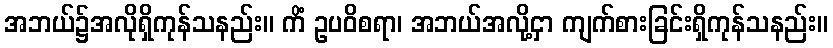
အဘယ်၌အလိုရှိကုန်သနည်း။ ကိံ ဥပဝိစရာ၊ အဘယ်အလို့ငှာ ကျက်စားခြင်းရှိကုန်သနည်း။